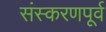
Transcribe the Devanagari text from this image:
संस्करणपूर्व